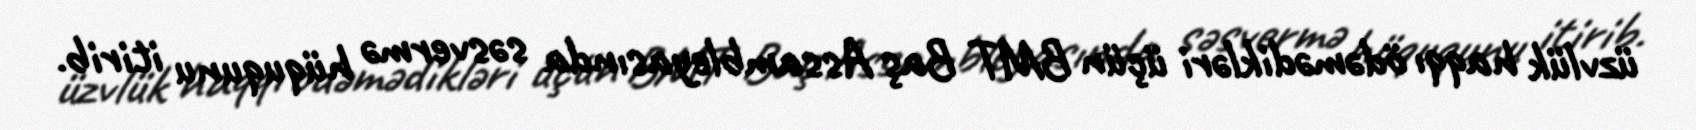
üzvlük haqqı ödəmədikləri üçün BMT Baş Assambleyasında səsvermə hüququnu itirib.